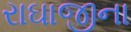
રાઘાજીના